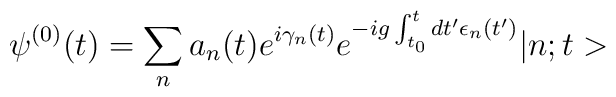
\psi^{(0)}(t) = \sum_n a_n(t) e^{i\gamma_n(t)}                                  e^{-i g \int^t_{t_0} dt' \epsilon_n(t')}                                  |n; t>